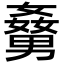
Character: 𡢹